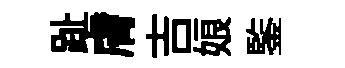
趾膚吉娘鍳